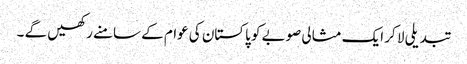
تبدیلی لا کر ایک مثالی صوبے کو پاکستان کی عوام کے سامنے رکھیں گے ۔